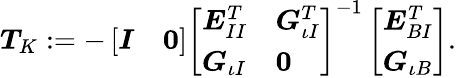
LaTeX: \begin{array}{r}{\boldsymbol{T}_{K}:=-\left[\begin{array}{ll}{\boldsymbol{I}}&{\boldsymbol{0}}\end{array}\right]\left[\begin{array}{ll}{\boldsymbol{E}_{II}^{T}}&{\boldsymbol{G}_{\iota I}^{T}}\\ {\boldsymbol{G}_{\iota I}}&{\boldsymbol{0}}\end{array}\right]^{-1}\left[\begin{array}{l}{\boldsymbol{E}_{BI}^{T}}\\ {\boldsymbol{G}_{\iota B}}\end{array}\right].}\end{array}